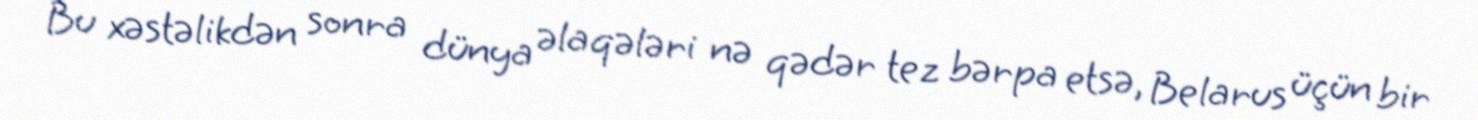
Bu xəstəlikdən sonra dünya əlaqələri nə qədər tez bərpa etsə, Belarus üçün bir